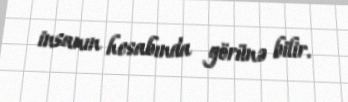
insanın hesabında görünə bilir.